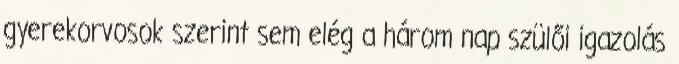
gyerekorvosok szerint sem elég a három nap szülői igazolás